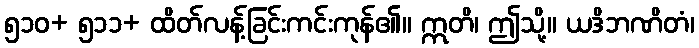
၅၁၀+ ၅၁၁+ ထိတ်လန့်ခြင်းကင်းကုန်၏။ ဣတိ၊ ဤသို့။ ယဒိဘဏိတံ၊